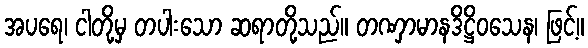
အပရေ၊ ငါတို့မှ တပါးသော ဆရာတို့သည်။ တဏှာမာနဒိဋ္ဌိဝသေန၊ ဖြင့်။